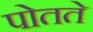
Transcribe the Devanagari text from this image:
पोतते